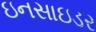
ઇનસાઇડર